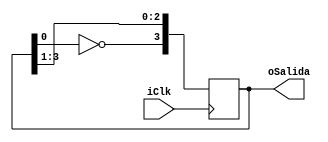
module JohnsonCounter #(parameter N = 4)(
	input iClk,
	output [N-1:0] oSalida
	);
	
	reg [N-1:0]rSalida_D = 1'd0;
	reg [N-1:0]rSalida_Q = 1'd0;
	
	assign oSalida = rSalida_Q;
	
	always @(posedge iClk)
	begin
		rSalida_Q <= rSalida_D;
	end
	
	always @*
		begin
			rSalida_D = {~rSalida_Q[0],rSalida_Q[N-1:1]};
		end
	endmodule